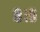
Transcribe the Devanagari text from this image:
८।९